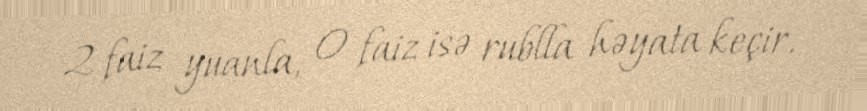
2 faiz yuanla, 0 faiz isə rublla həyata keçir.